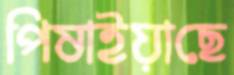
পিষাইয়াছে